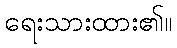
ရေးသားထား၏။